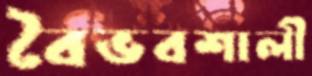
বৈভবশালী